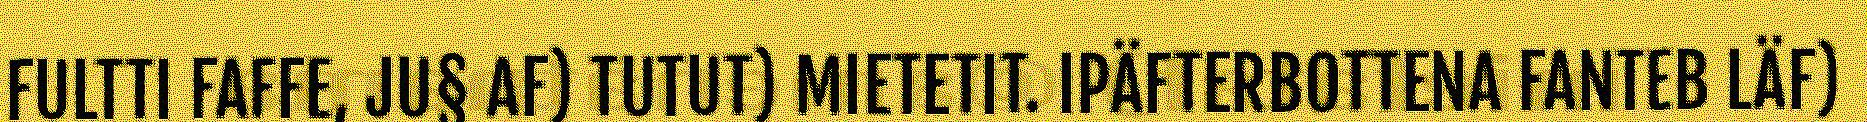
FULTTI FAFFE, JU§ AF) TUTUT) MIETETIT. IPÄFTERBOTTENA FANTEB LÄF)